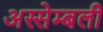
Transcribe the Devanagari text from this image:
अस्सेम्बली